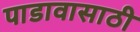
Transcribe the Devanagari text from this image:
पाडावासाठी